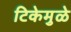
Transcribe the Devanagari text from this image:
टिकेमुळे